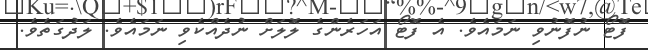
ފޮޓޯ ނުފޮނުވި ނަމައެވެ. އެ ފޮޓޯ އަހަރެންގެ ލޮލަށް ނުދެއްކެވި ނަމައެވެ. ލަދުގަތެވެ.